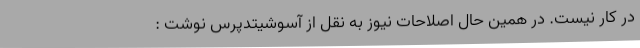
در کار نیست. در همین حال اصلاحات نیوز به نقل از آسوشیتدپرس نوشت :